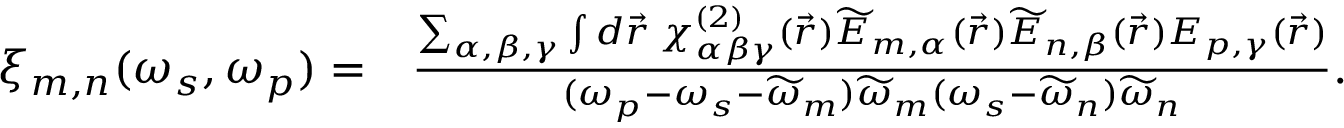
\begin{array} { r l } { \xi _ { m , n } ( \omega _ { s } , \omega _ { p } ) = } & { \frac { \sum _ { \alpha , \beta , \gamma } \int d \vec { r } \: \chi _ { \alpha \beta \gamma } ^ { ( 2 ) } ( \vec { r } ) \widetilde { E } _ { m , \alpha } ( \vec { r } ) \widetilde { E } _ { n , \beta } ( \vec { r } ) E _ { p , \gamma } ( \vec { r } ) } { ( \omega _ { p } - \omega _ { s } - \widetilde { \omega } _ { m } ) \widetilde { \omega } _ { m } ( \omega _ { s } - \widetilde { \omega } _ { n } ) \widetilde { \omega } _ { n } } . } \end{array}